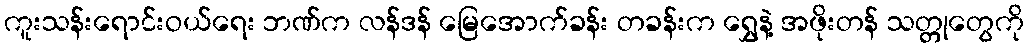
ကူးသန်းရောင်းဝယ်ရေး ဘဏ်က လန်ဒန် မြေအောက်ခန်း တခန်းက ရွှေနဲ့ အဖိုးတန် သတ္တုတွေကို